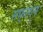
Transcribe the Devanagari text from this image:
सफ्रगन